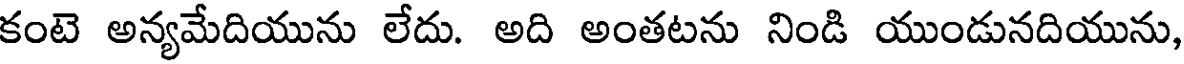
కంటె అన్యమేదియును లేదు. అది అంతటను నిండి యుండునదియును,